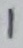
Text: 1